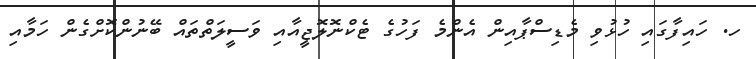
ހ. ހައިފާގައި ހުޅުވި މެޑިސްޕާއިން އެންމެ ފަހުގެ ޓެކްނޮލޮޖީއާއި ވަސީލަތްތައް ބޭނުންކޮށްގެން ހަމާއި